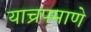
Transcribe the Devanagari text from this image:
याच्रपमाणे